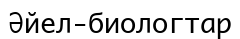
Әйел-биологтар